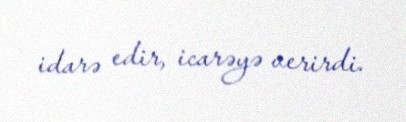
idarə edir, icarəyə verirdi.